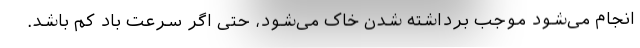
انجام می‌شود موجب برداشته شدن خاک می‌شود، حتی اگر سرعت باد کم باشد.